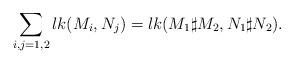
LaTeX: \begin{align*} \sum_{i,j=1,2}lk(M_i,N_j)=lk(M_1\sharp M_2,N_1\sharp N_2).\end{align*}